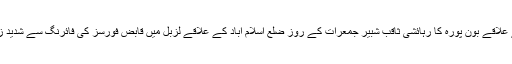
کشمیرمیڈیا سروس کے مطابق ضلع شوپیاں کے علاقے بون پورہ کا رہائشی ثاقب شبیر جمعرات کے روز ضلع اسلام آباد کے علاقے لزبل میں قابض فورسز کی فائرنگ سے شدید زخمی ہونے کے بعد ہسپتال میں دم توڑ بیٹھا تھا۔